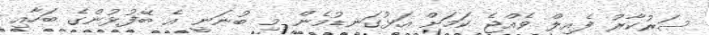
ސަރުކާރު ފެއިލް ވެއްޖެ ކަމަށް އަޅުގަނޑުމެން މި ބުނަނީ އެ ބޭފުޅުންގެ ބަހާއި